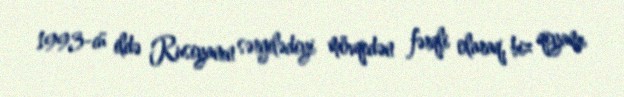
1993-cü ildə Rusiyanın sərgilədiyi mövqedən fərqli olaraq, biz qiyamı